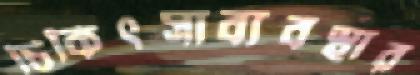
চিকিৎসাব্যবস্থার